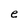
Character: e